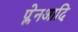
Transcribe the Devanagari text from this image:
प्लेनआदि